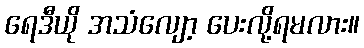
ရေဒီယို အသံလျော့ ပေးလို့ရမလား။